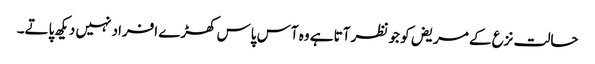
حالت نزع کے مریض کو جو نظر آتا ہے وہ آس پاس کھڑے افراد نہیں دیکھ پاتے۔